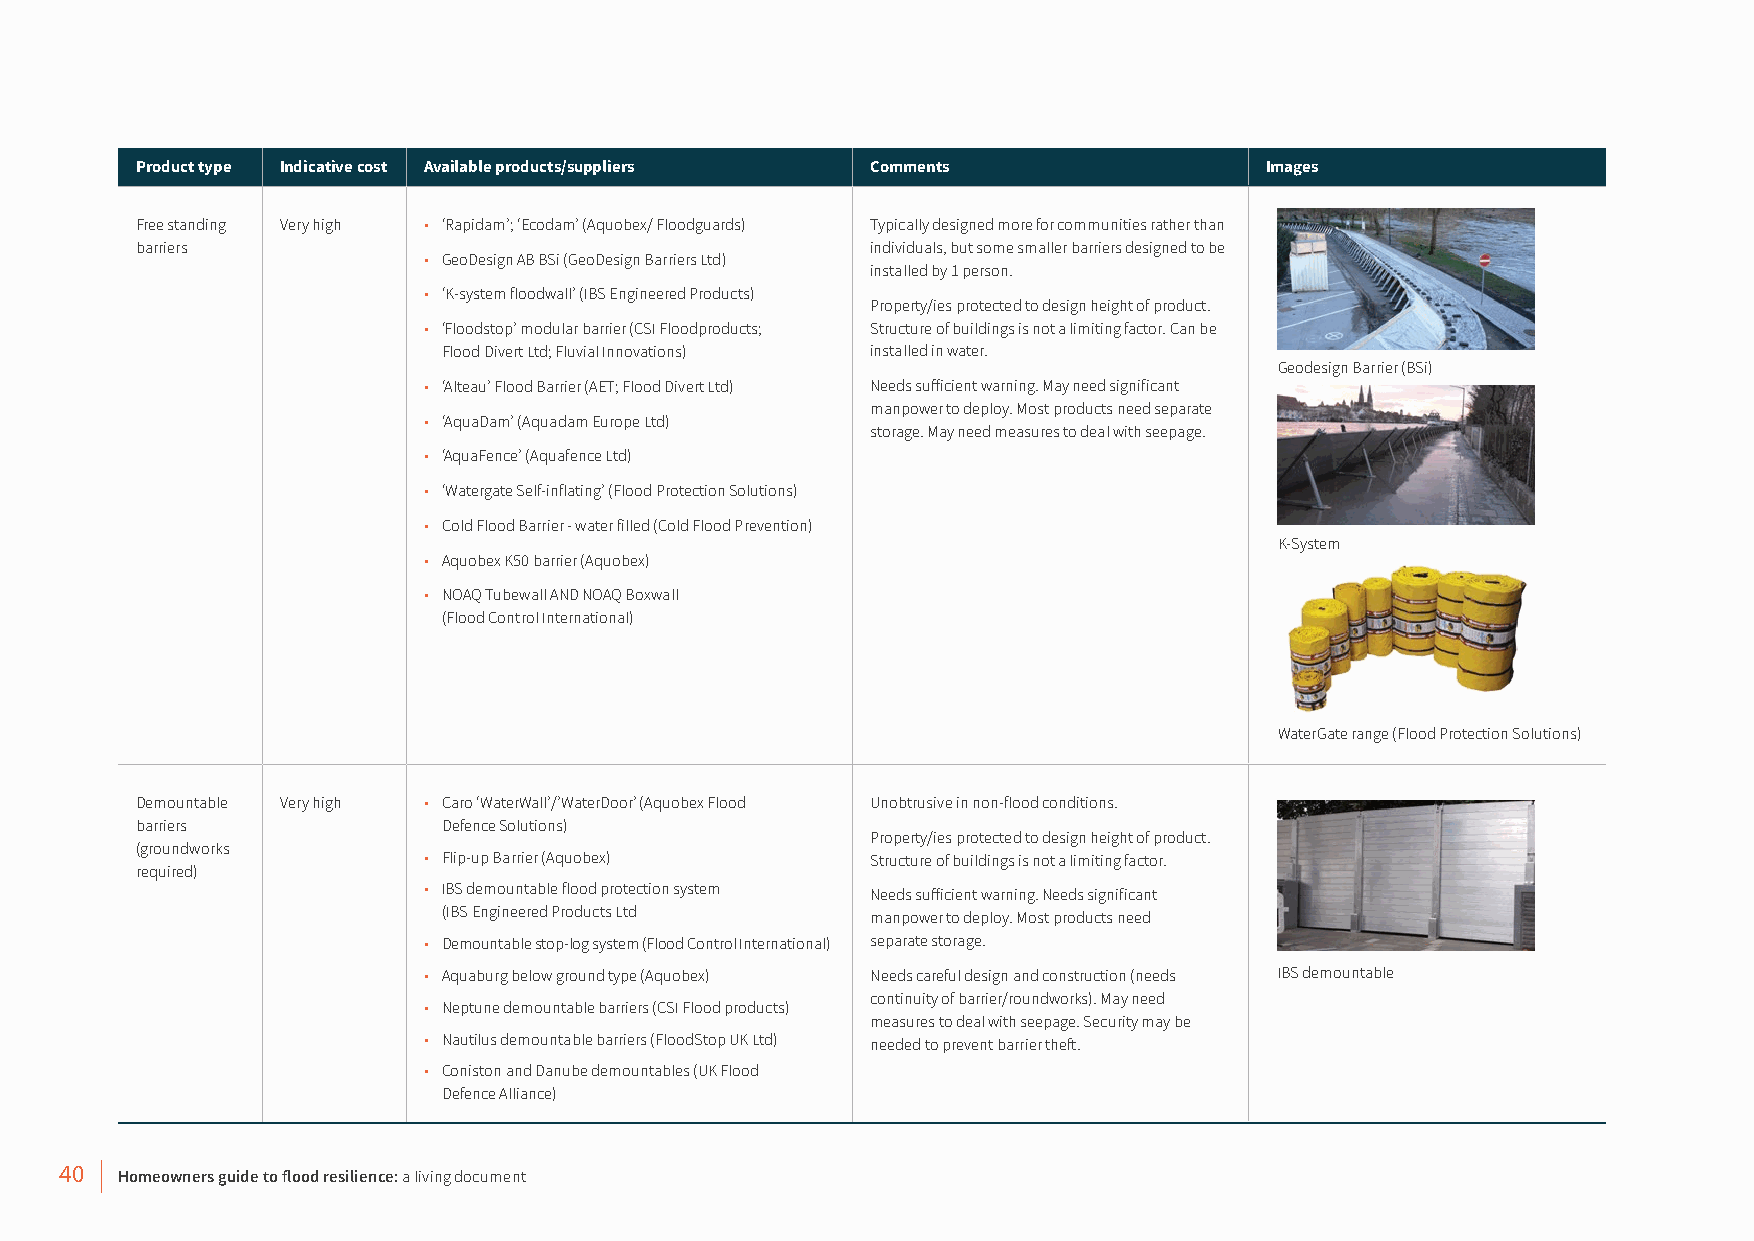
Product type Indicative cost Available products/suppliers Comments         Images
 Free standing Very high • ‘Rapidam’; ‘Ecodam’ (Aquobex/ Floodguards) Typically designed more for communities rather than
 barriers                                         individuals, but some smaller barriers designed to be
 • GeoDesign AB BSi (GeoDesign Barriers Ltd)
 installed by 1 person.
 • ‘K-system floodwall’ (IBS Engineered Products)
 Property/ies protected to design height of product.
 • ‘Floodstop’ modular barrier (CSI Floodproducts; Structure of buildings is not a limiting factor. Can be
 Flood Divert Ltd; Fluvial Innovations) installed in water.
 Geodesign Barrier (BSi)
 • ‘Alteau’ Flood Barrier (AET; Flood Divert Ltd) Needs sufficient warning. May need significant
 manpower to deploy. Most products need separate
 • ‘AquaDam’ (Aquadam Europe Ltd)
 storage. May need measures to deal with seepage.
 • ‘AquaFence’ (Aquafence Ltd)
 • ‘Watergate Self-inflating’ (Flood Protection Solutions)
 • Cold Flood Barrier - water filled (Cold Flood Prevention)
 K-System
 • Aquobex K50 barrier (Aquobex)
 • NOAQ Tubewall AND NOAQ Boxwall
 (Flood Control International)
 WaterGate range (Flood Protection Solutions)
 Demountable Very high • Caro ‘WaterWall’/’WaterDoor’ (Aquobex Flood Unobtrusive in non-flood conditions.
 barriers            Defence Solutions)
 Property/ies protected to design height of product.
 (groundworks
 • Flip-up Barrier (Aquobex)   Structure of buildings is not a limiting factor.
 required)
 • IBS demountable flood protection system Needs sufficient warning. Needs significant
 (IBS Engineered Products Ltd manpower to deploy. Most products need
 • Demountable stop-log system (Flood Control International) separate storage.
 • Aquaburg below ground type (Aquobex) Needs careful design and construction (needs IBS demountable
 continuity of barrier/roundworks). May need
 • Neptune demountable barriers (CSI Flood products)
 measures to deal with seepage. Security may be
 • Nautilus demountable barriers (FloodStop UK Ltd) needed to prevent barrier theft.
 • Coniston and Danube demountables (UK Flood
 Defence Alliance)
 40  Homeowners guide to flood resilience: a living document